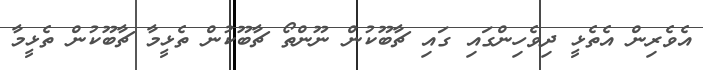
އެވެރިން އެތެޅީ ދިވެހިންގައި ގައި ޗާބޫކުން ނޫންތޯ ޗާބޫކުން ތެޅީމާ ޗާބޫކުން ތެޅީމާ